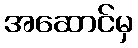
အဆောင်မှ